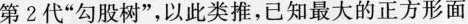
第2代”勾股树”，以此类推，已知最大的正方形面